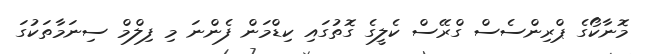
މޮނާކޯގެ ޕްރިންސެސް ގްރޭސް ކެލީގެ ގޮތުގައި ކިޑްމަން ފެންނަ މި ފިލްމް ސިނަމާތަކުގަ